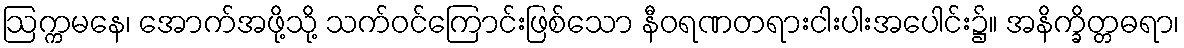
ဩက္ကမနေ၊ အောက်အဖို့သို့ သက်ဝင်ကြောင်းဖြစ်သော နီဝရဏတရားငါးပါးအပေါင်း၌။ အနိက္ခိတ္တဓရာ၊